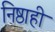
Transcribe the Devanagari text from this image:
निष्ठाही